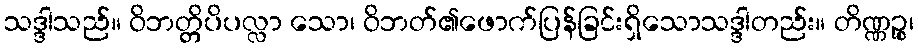
သဒ္ဒါသည်။ ဝိဘတ္တိပိပလ္လာ သော၊ ဝိဘတ်၏ဖောက်ပြန်ခြင်းရှိသောသဒ္ဒါတည်း။ တိဏ္ဏဉ္စ၊